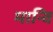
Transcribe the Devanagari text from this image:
मान्वि